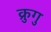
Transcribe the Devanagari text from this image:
क्रुगु